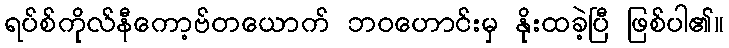
ရပ်စ်ကိုလ်နီကော့ဗ်တယောက် ဘဝဟောင်းမှ နိုးထခဲ့ပြီ ဖြစ်ပါ၏။